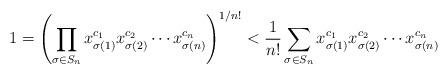
LaTeX: \begin{align*}1 = \left( \prod_{\sigma \in S_n} x_{\sigma(1)}^{c_1} x_{\sigma(2)}^{c_2} \cdots x_{\sigma(n)}^{c_n} \right)^{1/n!} < \frac{1}{n!}\sum_{\sigma \in S_n} x_{\sigma(1)}^{c_1} x_{\sigma(2)}^{c_2} \cdots x_{\sigma(n)}^{c_n}\end{align*}